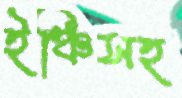
ইঞ্চিসহ